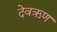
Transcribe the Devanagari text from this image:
देवऋण